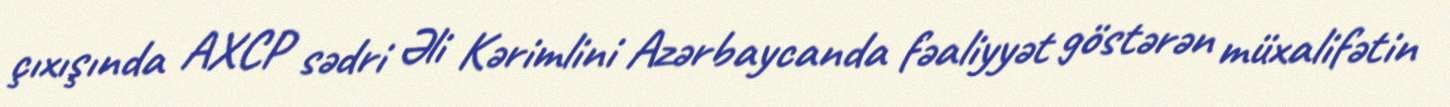
çıxışında AXCP sədri Əli Kərimlini Azərbaycanda fəaliyyət göstərən müxalifətin